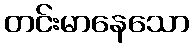
တင်းမာနေသော